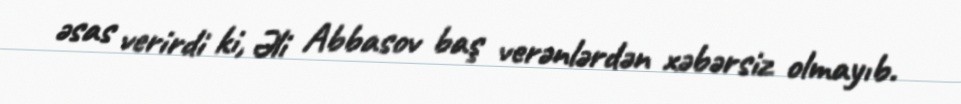
əsas verirdi ki, Əli Abbasov baş verənlərdən xəbərsiz olmayıb.